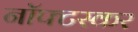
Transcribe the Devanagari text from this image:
नॉफ्टस्कर